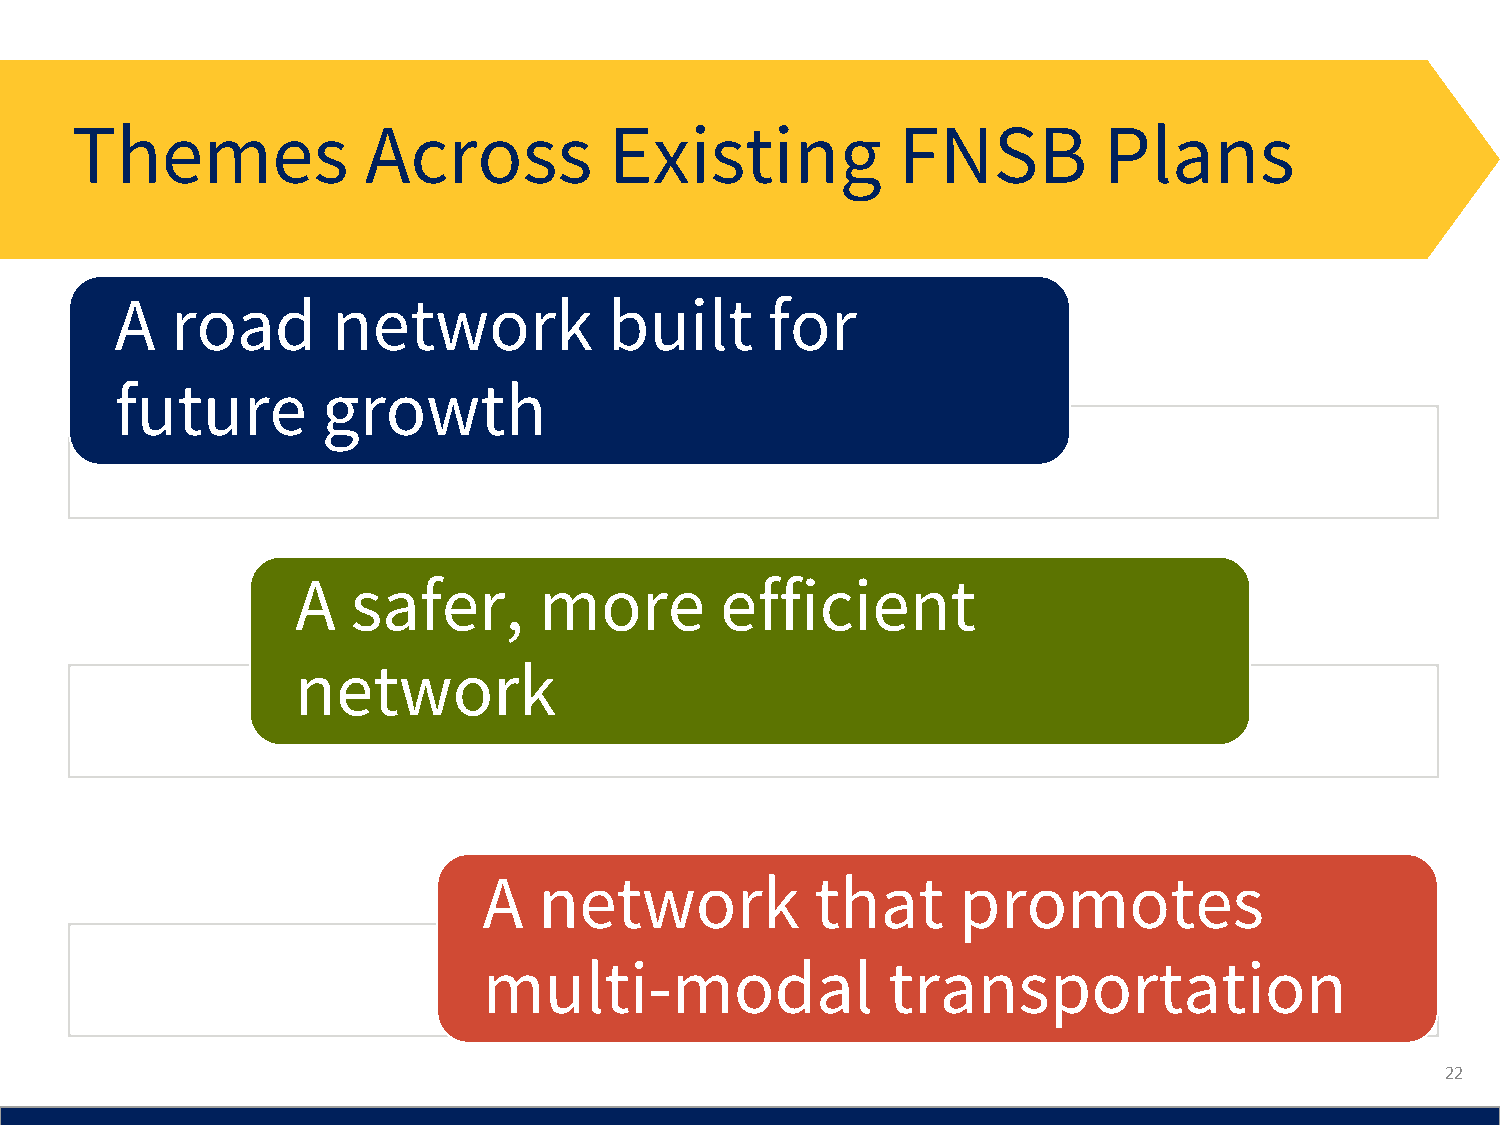
Themes             Across          Existing           FNSB          Plans
 A  road       network           built      for
 future       growth
 A  safer,       more        efficient
 network
 A   network           that     promotes
 multi-modal                transportation
 22